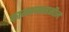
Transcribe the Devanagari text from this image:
कामवनतहसील